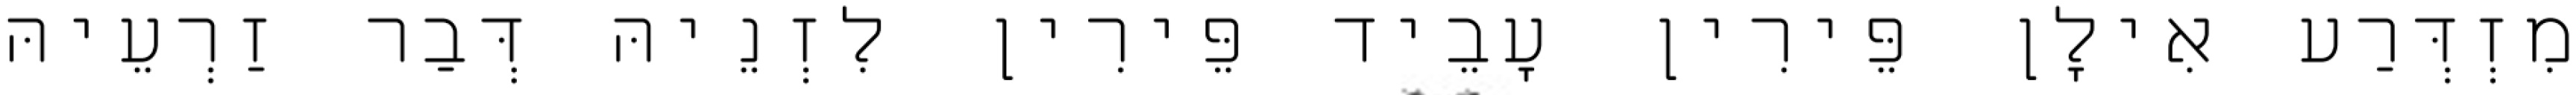
מִזְדְּרַע אִילָן פֵּירִין עָבֵיד פֵּירִין לִזְנֵיהּ דְּבַר זַרְעֵיהּ